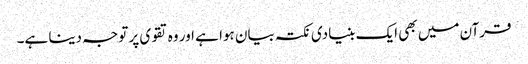
قرآن میں بھی ایک بنیادی نکتہ بیان ہوا ہے اور وہ تقوی پر توجہ دینا ہے۔